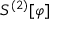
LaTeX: S ^ { ( 2 ) } [ \varphi ]